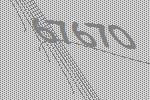
67670